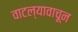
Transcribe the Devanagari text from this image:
वाटल्यावाचून